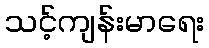
သင့်ကျန်းမာရေး